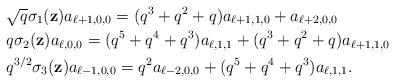
LaTeX: \begin{align*}&\sqrt{q}\sigma_1(\textbf{z})a_{\ell+1,0,0}=(q^3+q^2+q)a_{\ell+1,1,0}+a_{\ell+2,0,0}\\&{q}\sigma_2(\textbf{z})a_{\ell,0,0}=(q^5+q^4+q^3)a_{\ell,1,1}+(q^3+q^2+q)a_{\ell+1,1,0}\\& q^{3/2}\sigma_3(\textbf{z})a_{\ell-1,0,0}=q^2a_{\ell-2,0,0}+(q^5+q^4+q^3)a_{\ell,1,1}.\end{align*}